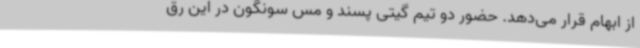
از ابهام قرار می‌دهد. حضور دو تیم گیتی پسند و مس سونگون در این رق